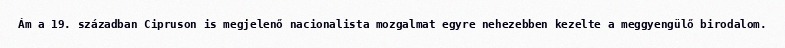
Ám a 19. században Cipruson is megjelenő nacionalista mozgalmat egyre nehezebben kezelte a meggyengülő birodalom.